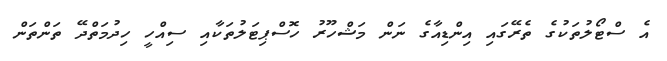
އެ ސްޓޯލުތަކުގެ ތެރޭގައި އިންޑިއާގެ ނަން މަޝްހޫރު ހޮސްޕިޓަލުތަކާއި ސިއްހީ ހިދުމަތްދޭ ތަންތަން